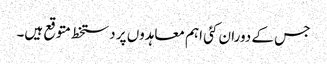
جس کے دوران کئی اہم معاہدوں پر دستخط متوقع ہیں۔